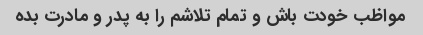
مواظب خودت باش و تمام تلاشم را به پدر و مادرت بده